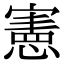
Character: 憲